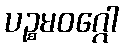
ပဉ္စမဝဂ္ဂေါ